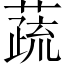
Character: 蔬